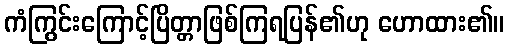
ကံကြွင်းကြောင့်ပြိတ္တာဖြစ်ကြရပြန်၏ဟု ဟောထား၏။